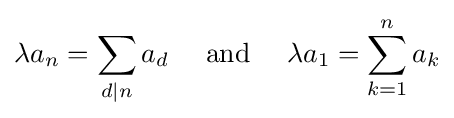
\lambda a_{n}=\sum _{d|n}a_{d}\quad {\text{ and }}\quad \lambda a_{1}=\sum _{k=1}^{n}a_{k}